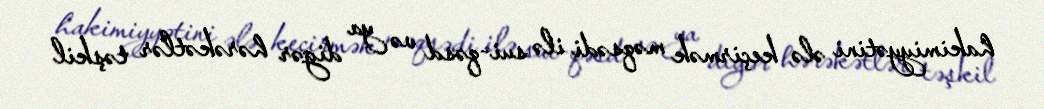
hakimiyyətini ələ keçirmək məqsədi ilə sui-qəsd və ya digər hərəkətlər təşkil